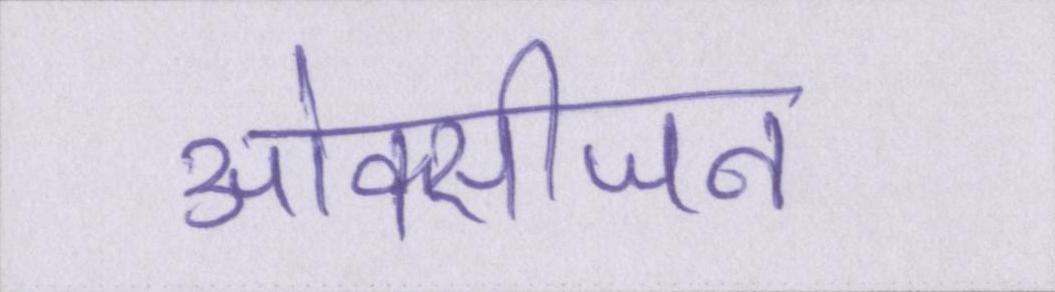
ओक्सीजन